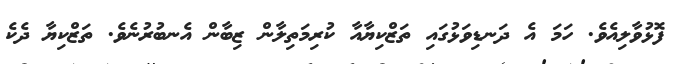
ފޮޅުވާލިއެވެ. ހަމަ އެ ދަނޑިވަޅުގައި ތަޒްކިޔާއާ ކުރިމަތިލާން ޒިބާން އެނބުރުނެވެ. ތަޒްކިޔާ ދެކެ